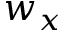
w _ { x }